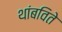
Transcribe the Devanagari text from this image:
थांबविते